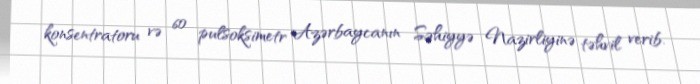
konsentratoru və 60 pulsoksimetr Azərbaycanın Səhiyyə Nazirliyinə təhvil verib.